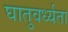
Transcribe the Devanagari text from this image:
घातुवर्ध्यता